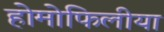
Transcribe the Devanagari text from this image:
होमोफिलीया